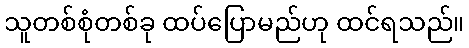
သူတစ်စုံတစ်ခု ထပ်ပြောမည်ဟု ထင်ရသည်။